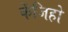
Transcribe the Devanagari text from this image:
केंजिहो